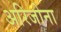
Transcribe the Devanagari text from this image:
अरिजोना